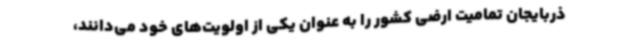
ذربایجان تمامیت ارضی کشور را به عنوان یکی از اولویت‌های خود می‌دانند،